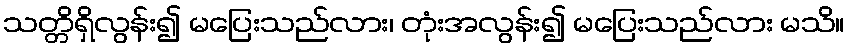
သတ္တိရှိလွန်း၍ မပြေးသည်လား၊ တုံးအလွန်း၍ မပြေးသည်လား မသိ။